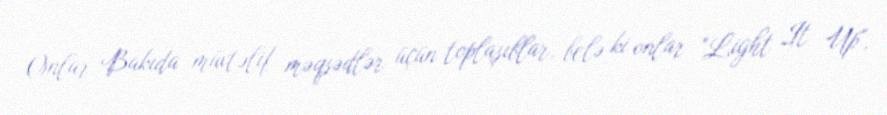
Onlar Bakıda müxtəlif məqsədlər üçün toplaşıblar, belə ki onlar "Light It Up",